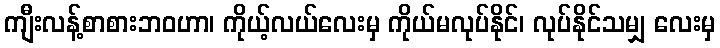
ကျီးလန့်စာစားဘဝဟာ၊ ကိုယ့်လယ်လေးမှ ကိုယ်မလုပ်နိုင်၊ လုပ်နိုင်သမျှ လေးမှ